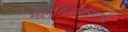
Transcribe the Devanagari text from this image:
मलनिस्सारणाची